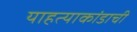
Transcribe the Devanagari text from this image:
याहत्याकांडाची